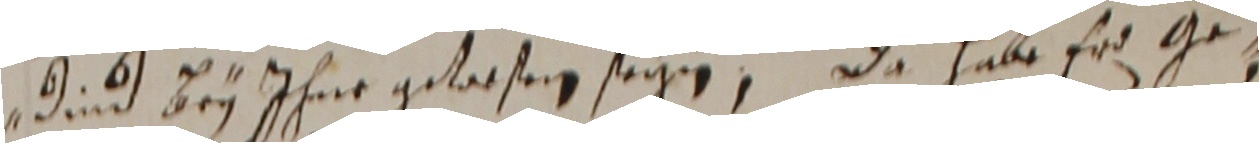
ind bey ihne gelasen sagen, Da habe er ge